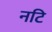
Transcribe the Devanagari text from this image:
नटि